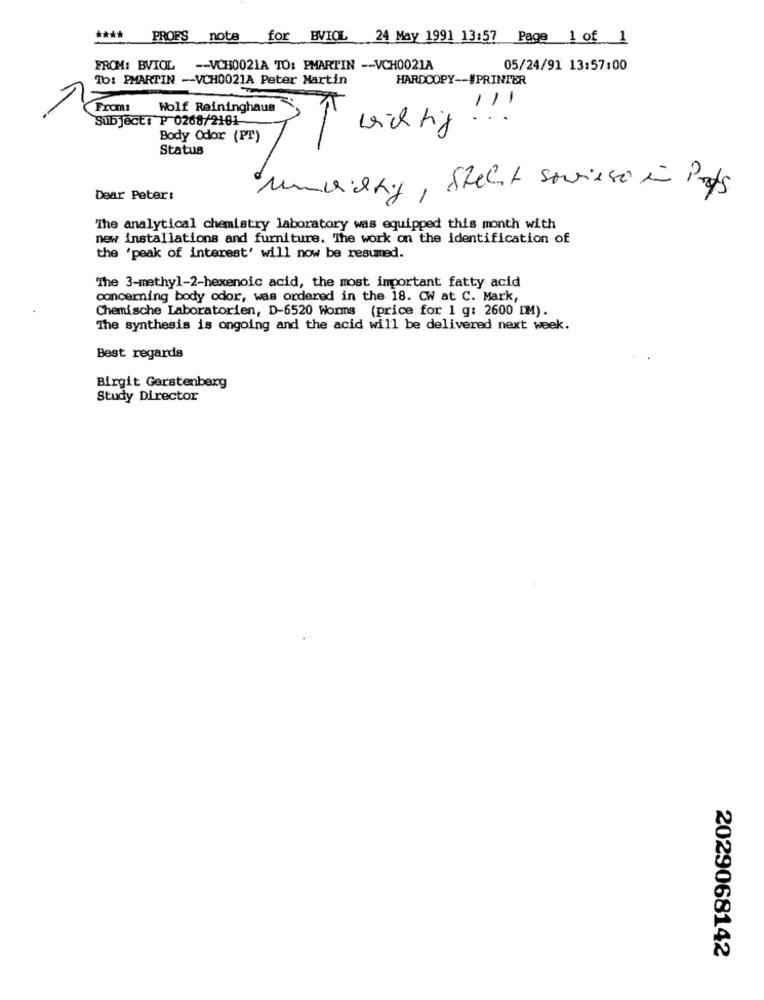
**** PROFS note for BVIOL 24 May 1991 13:57 Page 1 of 1
FROM: BVIOL
-- VCH0021A TO: PMARTIN -- VCH0021A
05/24/91 13:57:00
16: PMARTIN -- VCH0021A Peter Martin
HARDCOPY -- #PRINTER
From:
Wolf Reininghaus
Subject: P 0268/2181
wichtig ! ! !
Body Odor (PT)
Status
Steht sowieso in Pots
Dear Peter:
"The analytical chemistry laboratory was equipped this month with
new installations and furniture. The work on the identification of
the 'peak of interest' will now be resumed.
The 3-methyl-2-hexenoic acid, the most important fatty acid
concerning body odor, was ordered in the 18. CW at C. Mark,
Chemische Laboratorien, D-6520 Worms (price for 1 g: 2600 DM).
The synthesis is ongoing and the acid will be delivered next week.
Best regards
Birgit Gerstenberg
Study Director
2029068142